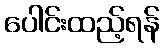
ပေါင်းထည့်ရန်